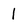
Character: 1